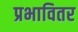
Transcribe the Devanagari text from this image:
प्रभावितर